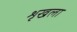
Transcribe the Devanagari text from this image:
शृखला